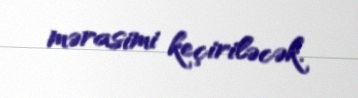
mərasimi keçiriləcək.